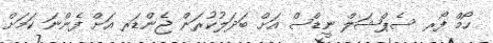
ހޯމް ފޯރ ސެޕްޝަލް ނީޑްސް އަށް ބަދަލުކުރަން ޖެންޑަރ އަށް ފެންނަ ކަމަށް